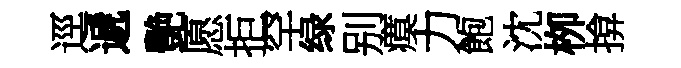
逕遞艷愿拒罕绿别瘼力飽沈栁揜